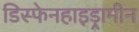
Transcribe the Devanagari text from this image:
डिस्फेनहाइड्रामीन